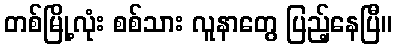
တစ်မြို့လုံး စစ်သား လူနာတွေ ပြည့်နေပြီ။